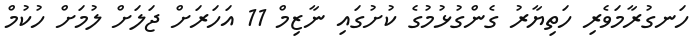
ހަނގުރާމަވެރި ހަތިޔާރު ގެންގުޅުމުގެ ކުށުގައި ނާޒިމް 11 އަހަރަށް ޖަލަށް ލުމަށް ހުކުމް